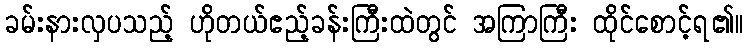
ခမ်းနားလှပသည့် ဟိုတယ်ဧည့်ခန်းကြီးထဲတွင် အကြာကြီး ထိုင်စောင့်ရ၏။